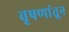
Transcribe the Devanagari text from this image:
वृषणांतून